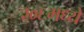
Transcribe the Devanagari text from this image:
२०६मध्ये